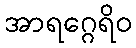
အာရဂ္ဂေရိဝ